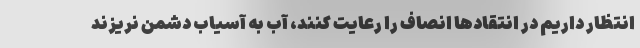
انتظار داریم در انتقاد‌ها انصاف را رعایت کنند، آب به آسیاب دشمن نریزند